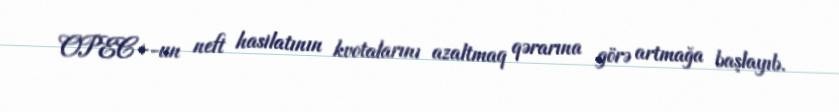
OPEC+-un neft hasilatının kvotalarını azaltmaq qərarına görə artmağa başlayıb.